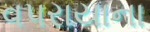
વપરાયાના